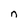
Character: n